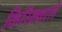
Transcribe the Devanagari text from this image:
किरिक्काले